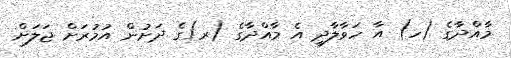
މާއްދާގެ (ހ) އާ ހަވާލާދީ އެ މާއްދާގެ (ރ)ގެ ދަށުން އުމުރަށް ޖަލަށް